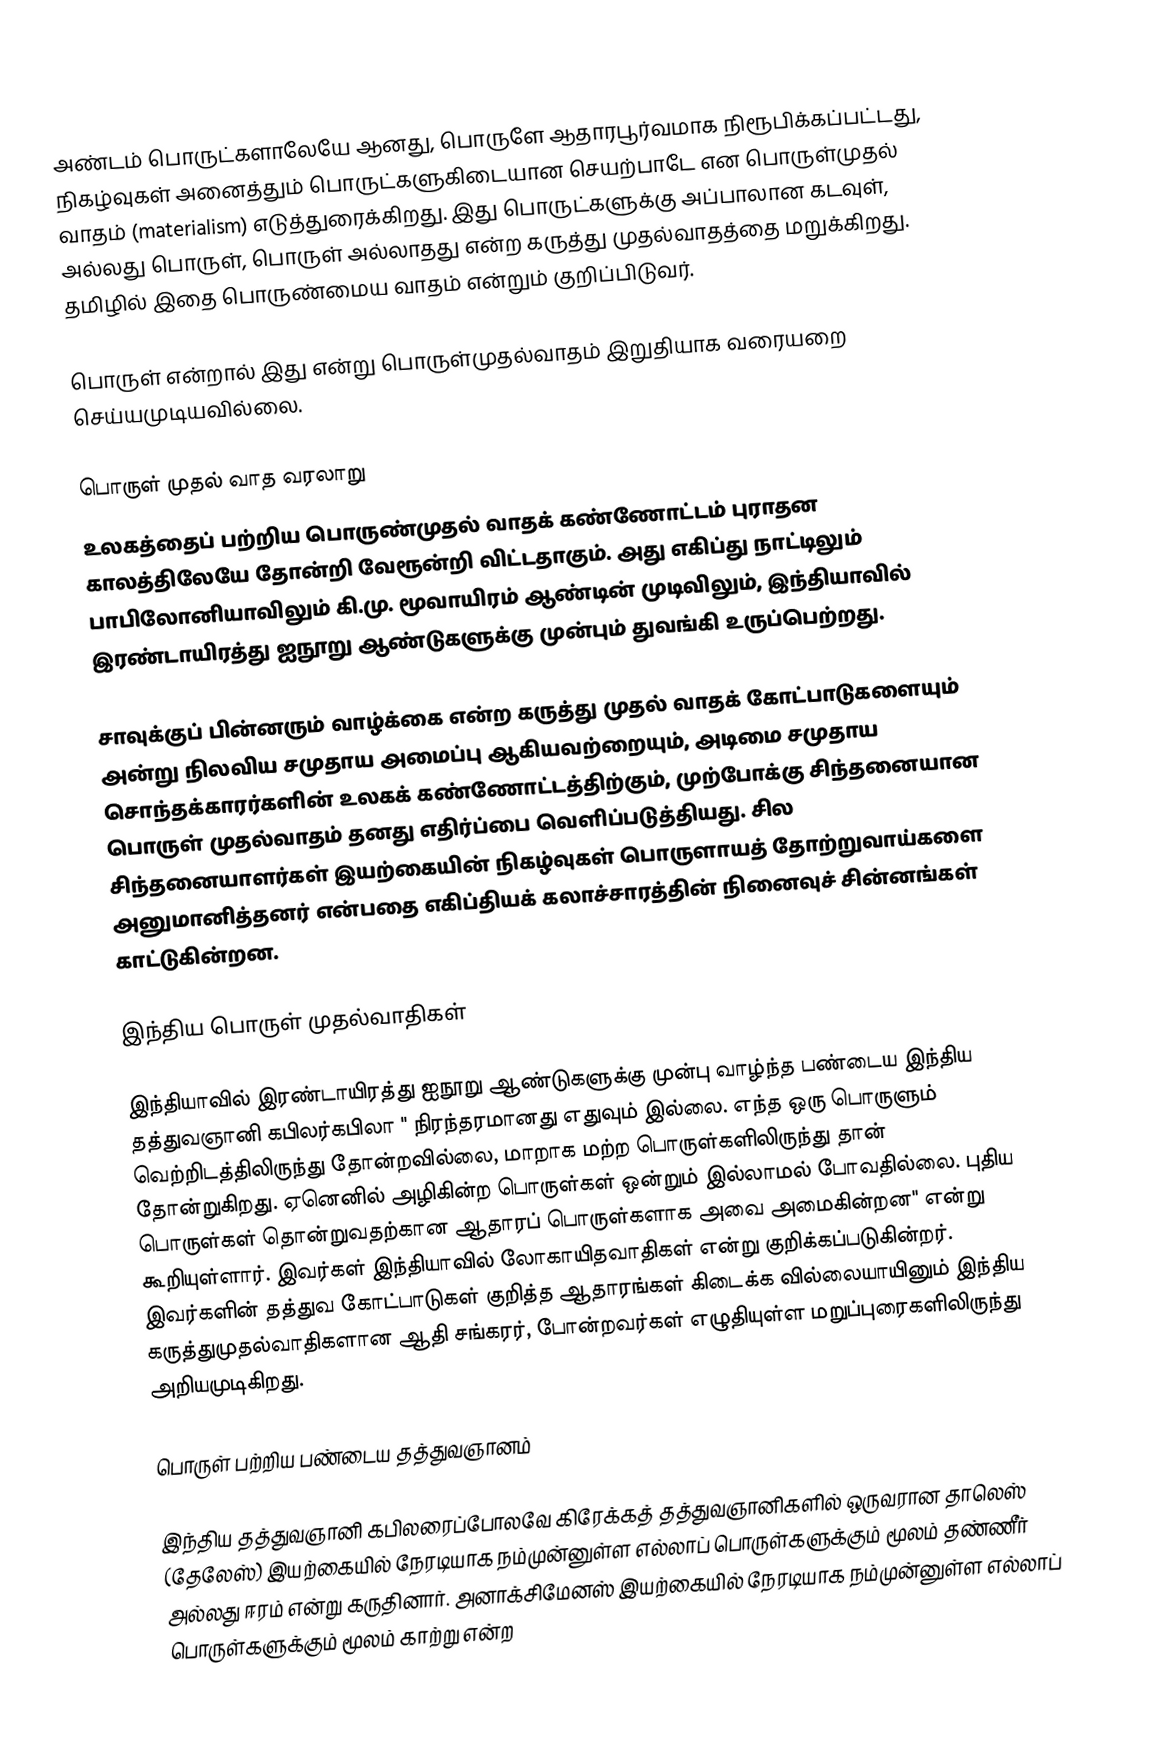
அண்டம் பொருட்களாலேயே ஆனது, பொருளே ஆதாரபூர்வமாக நிரூபிக்கப்பட்டது, நிகழ்வுகள் அனைத்தும் பொருட்களுகிடையான செயற்பாடே என பொருள்முதல் வாதம் (materialism) எடுத்துரைக்கிறது. இது பொருட்களுக்கு அப்பாலான கடவுள், அல்லது பொருள், பொருள் அல்லாதது என்ற கருத்து முதல்வாதத்தை மறுக்கிறது. தமிழில் இதை பொருண்மைய வாதம் என்றும் குறிப்பிடுவர்.

பொருள் என்றால் இது என்று பொருள்முதல்வாதம் இறுதியாக வரையறை செய்யமுடியவில்லை.

பொருள் முதல் வாத வரலாறு
உலகத்தைப் பற்றிய பொருண்முதல் வாதக் கண்ணோட்டம் புராதன காலத்திலேயே தோன்றி வேரூன்றி விட்டதாகும். அது எகிப்து நாட்டிலும் பாபிலோனியாவிலும் கி.மு. மூவாயிரம் ஆண்டின் முடிவிலும், இந்தியாவில்  இரண்டாயிரத்து ஐநூறு ஆண்டுகளுக்கு முன்பும் துவங்கி உருப்பெற்றது.

சாவுக்குப் பின்னரும் வாழ்க்கை என்ற கருத்து முதல் வாதக் கோட்பாடுகளையும் அன்று நிலவிய சமுதாய அமைப்பு ஆகியவற்றையும், அடிமை சமுதாய சொந்தக்காரர்களின் உலகக் கண்ணோட்டத்திற்கும்,  முற்போக்கு சிந்தனையான பொருள் முதல்வாதம் தனது எதிர்ப்பை வெளிப்படுத்தியது. சில சிந்தனையாளர்கள் இயற்கையின் நிகழ்வுகள் பொருளாயத் தோற்றுவாய்களை அனுமானித்தனர் என்பதை எகிப்தியக் கலாச்சாரத்தின் நினைவுச் சின்னங்கள் காட்டுகின்றன.

இந்திய பொருள் முதல்வாதிகள்

இந்தியாவில்  இரண்டாயிரத்து ஐநூறு ஆண்டுகளுக்கு முன்பு வாழ்ந்த பண்டைய இந்திய தத்துவஞானி கபிலர்கபிலா  " நிரந்தரமானது எதுவும் இல்லை. எந்த  ஒரு பொருளும் வெற்றிடத்திலிருந்து தோன்றவில்லை, மாறாக மற்ற பொருள்களிலிருந்து தான் தோன்றுகிறது. ஏனெனில் அழிகின்ற பொருள்கள் ஒன்றும் இல்லாமல் போவதில்லை. புதிய பொருள்கள் தொன்றுவதற்கான ஆதாரப் பொருள்களாக அவை அமைகின்றன" என்று கூறியுள்ளார். இவர்கள் இந்தியாவில் லோகாயிதவாதிகள் என்று குறிக்கப்படுகின்றர். இவர்களின் தத்துவ கோட்பாடுகள் குறித்த ஆதாரங்கள் கிடைக்க வில்லையாயினும் இந்திய கருத்துமுதல்வாதிகளான ஆதி சங்கரர், போன்றவர்கள் எழுதியுள்ள மறுப்புரைகளிலிருந்து அறியமுடிகிறது.

பொருள் பற்றிய பண்டைய தத்துவஞானம்

இந்திய தத்துவஞானி கபிலரைப்போலவே கிரேக்கத் தத்துவஞானிகளில் ஒருவரான தாலெஸ் (தேலேஸ்)  இயற்கையில் நேரடியாக நம்முன்னுள்ள எல்லாப் பொருள்களுக்கும் மூலம் தண்ணீர் அல்லது ஈரம் என்று கருதினார். அனாக்சிமேனஸ் இயற்கையில் நேரடியாக நம்முன்னுள்ள எல்லாப் பொருள்களுக்கும் மூலம் காற்று என்ற